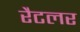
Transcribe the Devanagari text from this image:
रैटलर